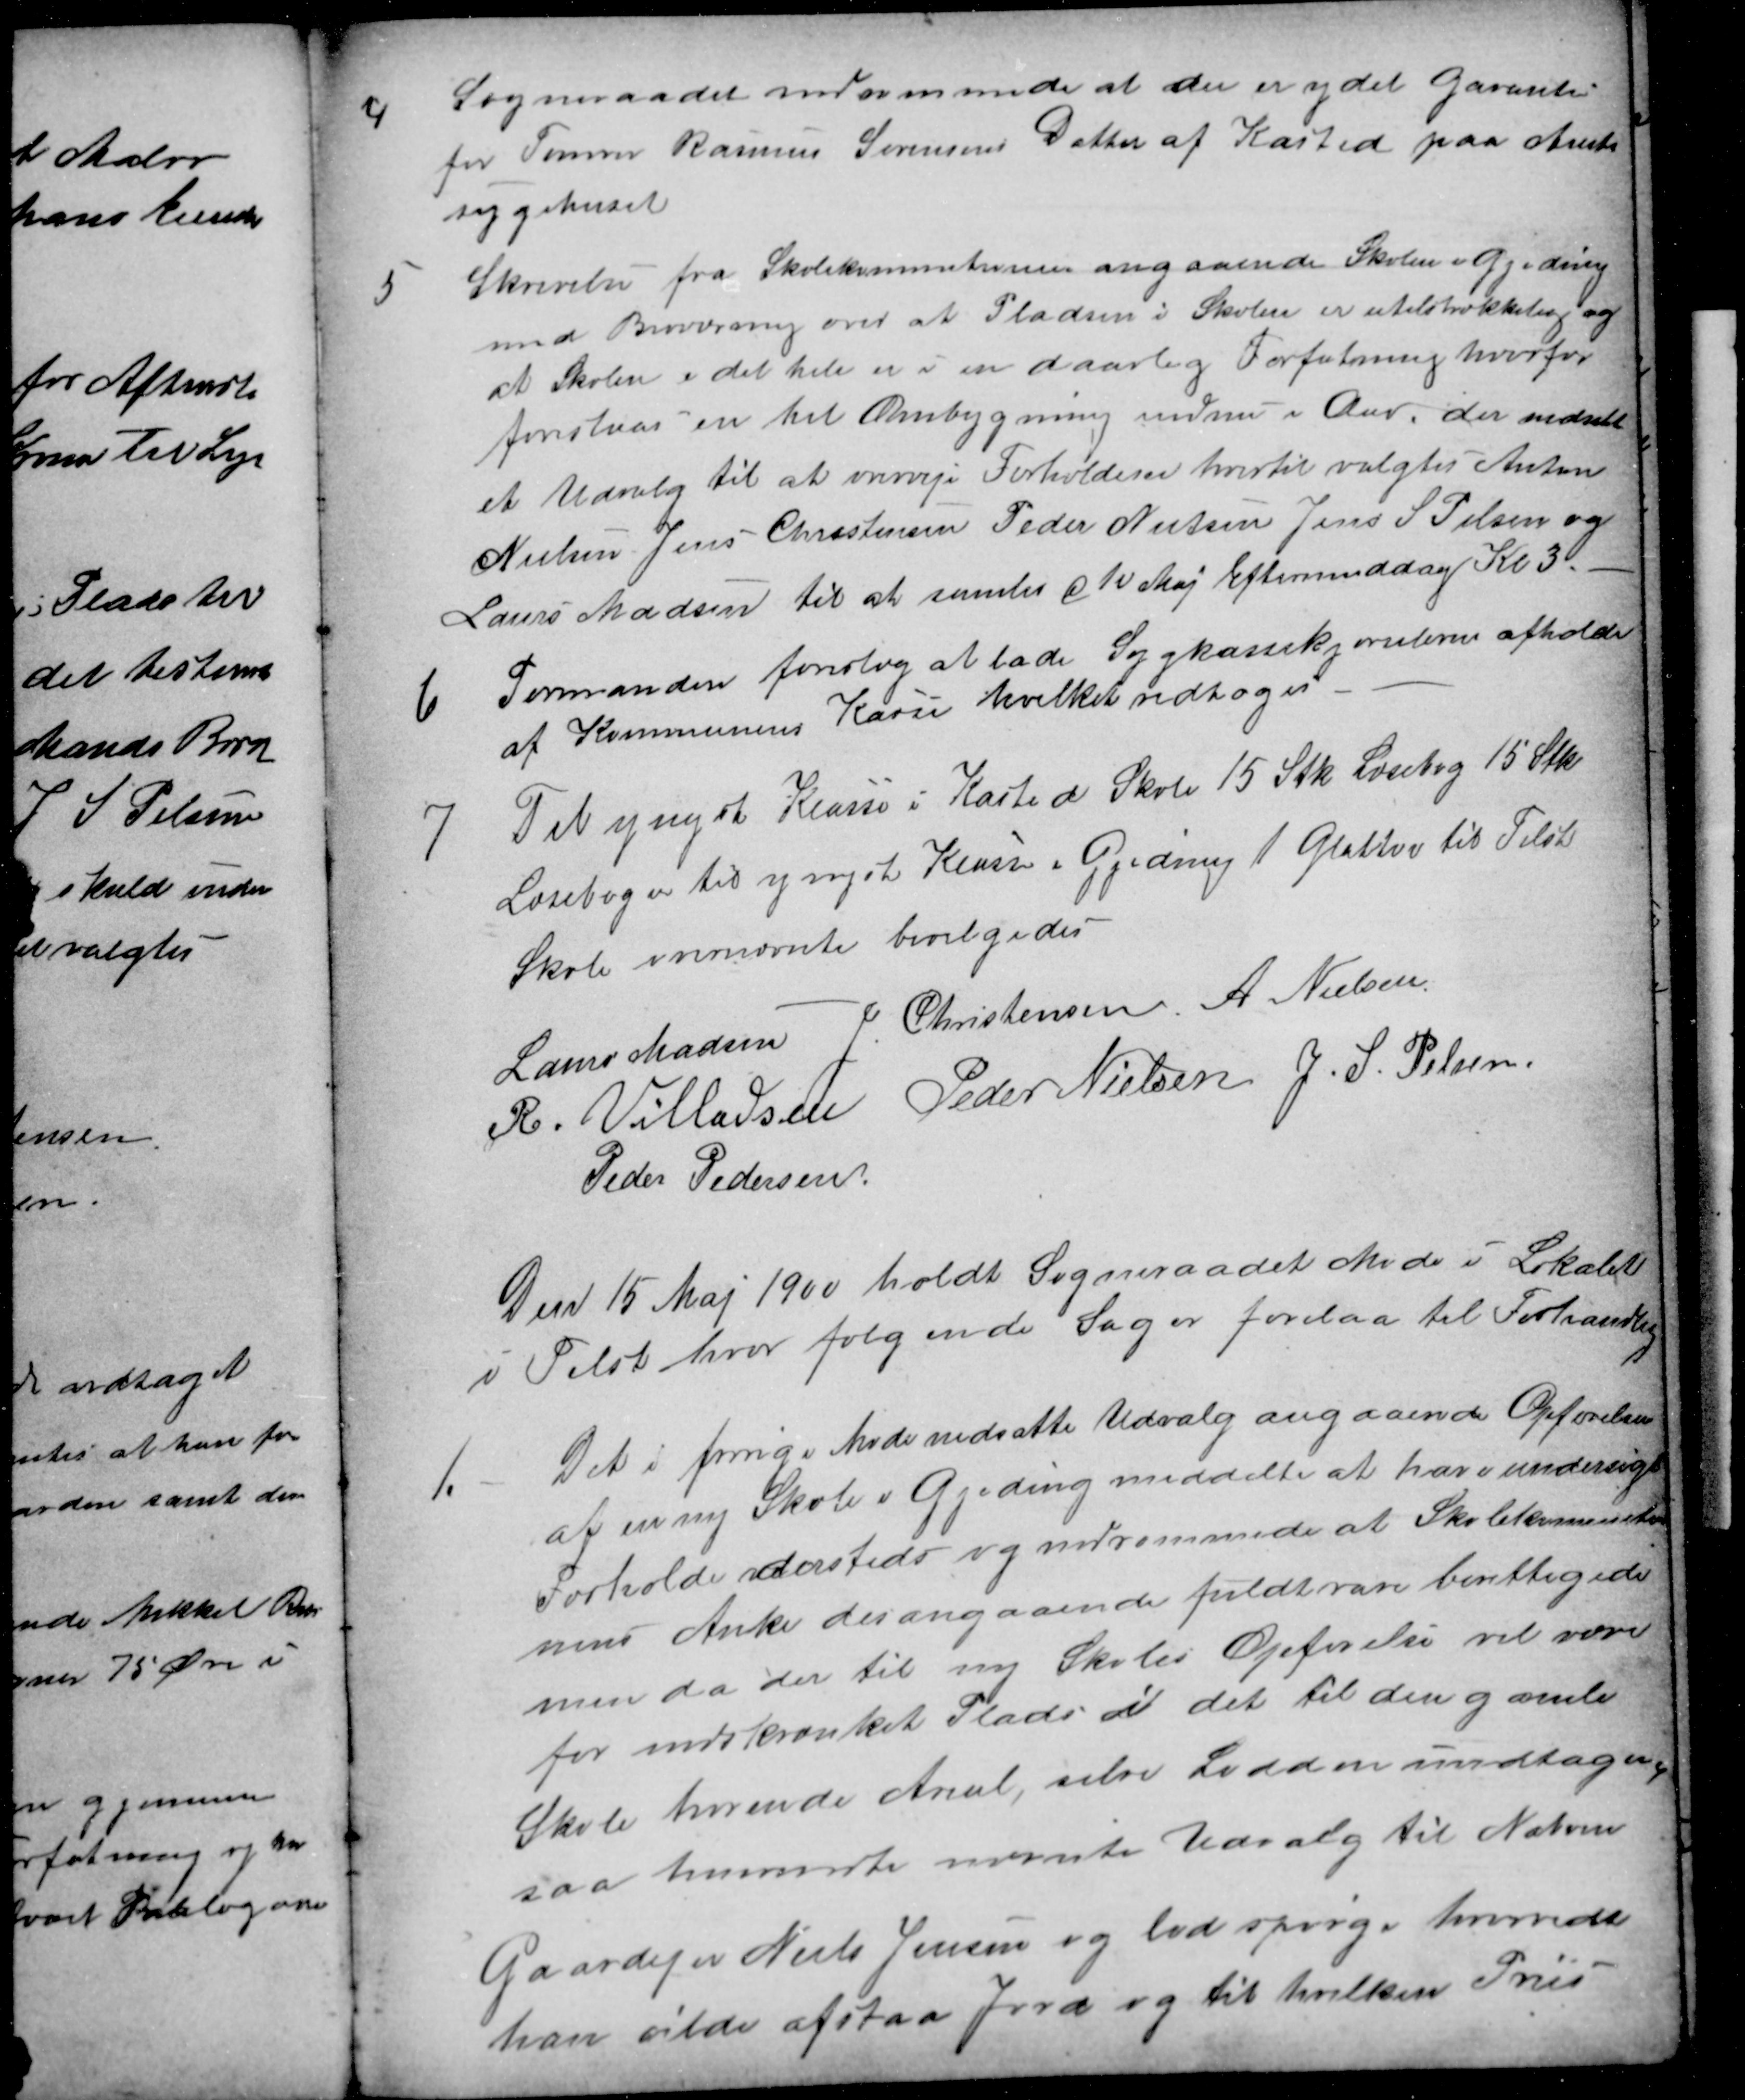
Transskription:
4
Sogneraadet indrømmede at der er ydet Garanti
for Tømrer Rasmus Sørensens Datter af Kasted paa Amts-
sygehuset
5
Skrivelse fra Skolekommitionen angaaende Skolen i Gjeding
med Besværing over at Pladsen i Skolen er utilstrækkelig og
at Skolen i det hele er i en daarlig Forfatning hvorfor
foreslaas en hel Ombygning endnu i Aar, der nedsetet
et Udvalg til at overveje Forholdene hvortil valgtes Anton
Nielsen Jens Christensen Peder Nielsen Jens S Pelsen og
Laurs Madsen til at samles d 10 Maj Eftermiddag Kl. 3.
6
Formanden foreslog at lade Sygkassekjørselerne afholdes
af Kommunens Kasse hvilket vedtoges.
7
Til yngste Klasse i Kasted Skole 15 Stk Læsebog 15 Stk
Læsebøger til i yngste Klasse i Gjeding 1 Glattov til Tilst
Skole ovennævnte bevilgedes
Laurs Madsen
J Christensen
 A Nielsen
R. Villadsen
Peder Nielsen
J. S. Pelsen
Peder Pedersen
Den 15 Maj 1900 holdt Sogneraadet Møde i Lokalet
i Tilst hvor følgende Sager forelaa til Forhandling
1.
Det i forrige Møde nedsatte Udvalg angaaende Opførelsen
af en ny Skole i Gjeding meddelte at have undersøgt
Forholde dersteds og indrømmede at Skolekommitio
nens Anke desangaaende fuldt var berettigede
men da der til ny Skoles Opførelse vil være
for indskrænket Plads i det til den gamle
Skole hørende Areal, selve Lodden undtagen,
saa henvendte nævnte Udvalg til Naboen
Gaardejer Niels Jensen og lod spørge hvorvidt
han vilde afstaa Jord og til hvilken Priis